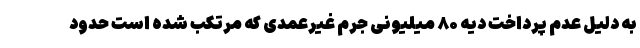
به دلیل عدم پرداخت دیه ۸۰ میلیونی جرم غیرعمدی که مرتکب شده است حدود